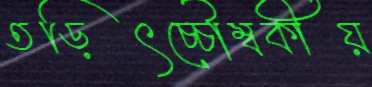
তড়িৎচ্চৌম্বকীয়